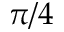
\pi / 4